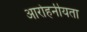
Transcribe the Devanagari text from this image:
आरोहनीयता